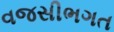
વજસીભગત